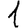
Digit: 1